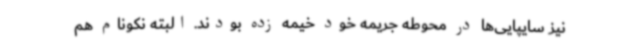
نیز سایپایی‌ها در محوطه جریمه خود خیمه زده بودند. البته نکونام هم